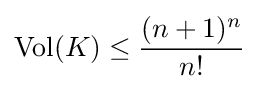
\operatorname {Vol} (K)\leq {\frac {(n+1)^{n}}{n!}}